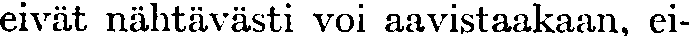
eivät nähtävästi voi aavistaakaan, ei-